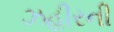
ઝહીરની